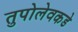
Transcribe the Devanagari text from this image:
तुपोलेवकडे